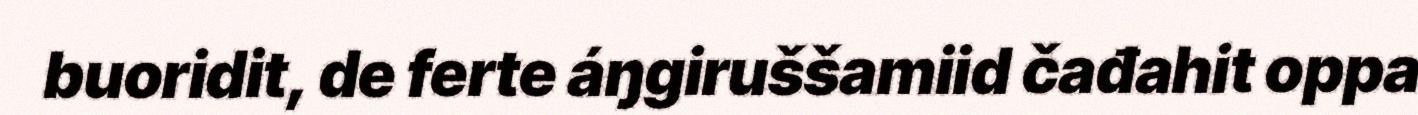
buoridit, de ferte áŋgiruššamiid čađahit oppa